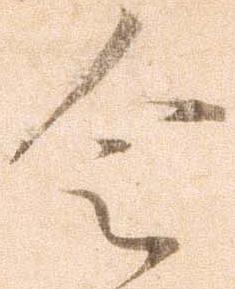
令